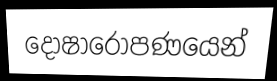
දෝෂාරෝපණයෙන්